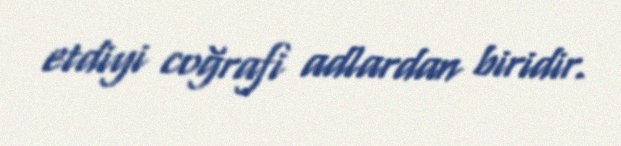
etdiyi coğrafi adlardan biridir.